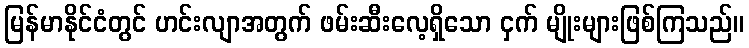
မြန်မာနိုင်ငံတွင် ဟင်းလျာအတွက် ဖမ်းဆီးလေ့ရှိသော ငှက် မျိုးများဖြစ်ကြသည်။